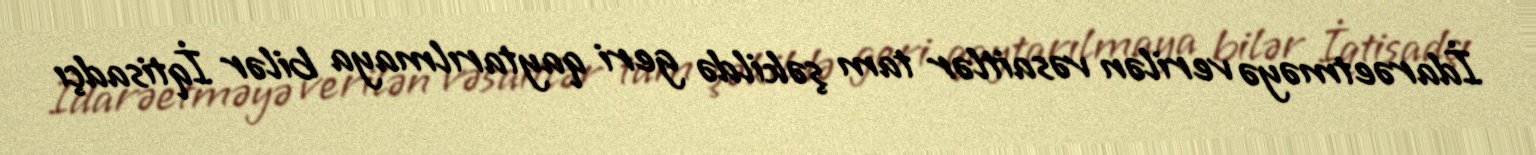
İdarəetməyə verilən vəsaitlər tam şəkildə geri qaytarılmaya bilər İqtisadçı